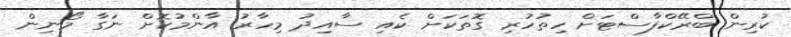
ކުރިން ބްރޭކްފާސްޓަށް ހިތުހުރި ގޮތަކަށް ކެއި ސާއިދު މިހާރު އާންމުކޮށް ނަގާ މޯނިން